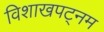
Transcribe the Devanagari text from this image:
विशाखपट्‌नम